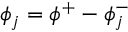
\phi _ { j } = \phi ^ { + } - \phi _ { j } ^ { - }